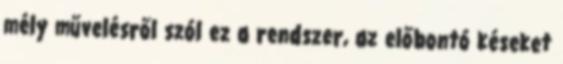
mély művelésről szól ez a rendszer, az előbontó késeket